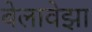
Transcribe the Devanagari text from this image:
बेलावेझा